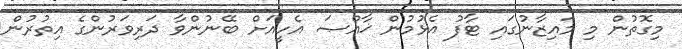
މިގޮތުން މި މައިޒާނުގައި ޓާފު އެޅުމުން ޚާއްޞަ އެހީއަށް ބޭނުންވާ ދަރިވަރުންގެ އިތުރުން